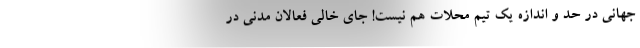
جهانی در حد و اندازه یک تیم محلات هم نیست! جای خالی فعالان مدنی در